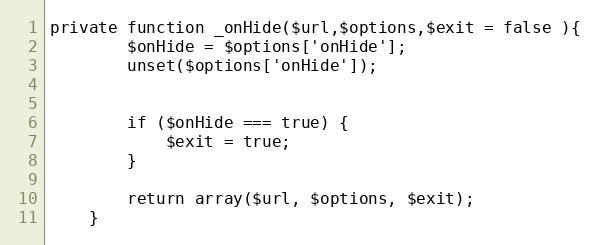
Language: PHP
private function _onHide($url,$options,$exit = false ){
		$onHide = $options['onHide'];
		unset($options['onHide']);

		if ($onHide === true) {
			$exit = true;
		}

		return array($url, $options, $exit);
	}